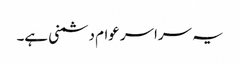
یہ سراسر عوام دشمنی ہے۔